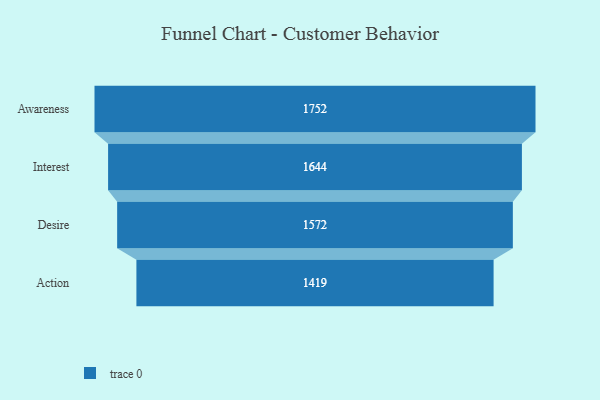
{"axis": {"x": "Stage", "y": "Value"}, "legend": [""], "data": [{"x": "Awareness", "y": 1752.0, "type": ""}, {"x": "Interest", "y": 1644.0, "type": ""}, {"x": "Desire", "y": 1572.0, "type": ""}, {"x": "Action", "y": 1419.0, "type": ""}]}